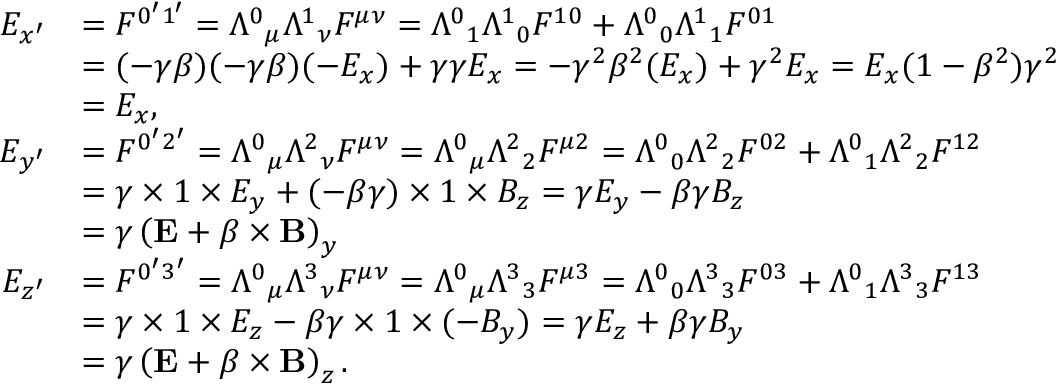
{ \begin{array} { r l } { E _ { x ^ { \prime } } } & { = F ^ { 0 ^ { \prime } 1 ^ { \prime } } = { \Lambda ^ { 0 } } _ { \mu } { \Lambda ^ { 1 } } _ { \nu } F ^ { \mu \nu } = { \Lambda ^ { 0 } } _ { 1 } { \Lambda ^ { 1 } } _ { 0 } F ^ { 1 0 } + { \Lambda ^ { 0 } } _ { 0 } { \Lambda ^ { 1 } } _ { 1 } F ^ { 0 1 } } \\ & { = ( - \gamma \beta ) ( - \gamma \beta ) ( - E _ { x } ) + \gamma \gamma E _ { x } = - \gamma ^ { 2 } \beta ^ { 2 } ( E _ { x } ) + \gamma ^ { 2 } E _ { x } = E _ { x } ( 1 - \beta ^ { 2 } ) \gamma ^ { 2 } } \\ & { = E _ { x } , } \\ { E _ { y ^ { \prime } } } & { = F ^ { 0 ^ { \prime } 2 ^ { \prime } } = { \Lambda ^ { 0 } } _ { \mu } { \Lambda ^ { 2 } } _ { \nu } F ^ { \mu \nu } = { \Lambda ^ { 0 } } _ { \mu } { \Lambda ^ { 2 } } _ { 2 } F ^ { \mu 2 } = { \Lambda ^ { 0 } } _ { 0 } { \Lambda ^ { 2 } } _ { 2 } F ^ { 0 2 } + { \Lambda ^ { 0 } } _ { 1 } { \Lambda ^ { 2 } } _ { 2 } F ^ { 1 2 } } \\ & { = \gamma \times 1 \times E _ { y } + ( - \beta \gamma ) \times 1 \times B _ { z } = \gamma E _ { y } - \beta \gamma B _ { z } } \\ & { = \gamma \left( \mathbf { E } + { \boldsymbol { \beta } } \times \mathbf { B } \right) _ { y } } \\ { E _ { z ^ { \prime } } } & { = F ^ { 0 ^ { \prime } 3 ^ { \prime } } = { \Lambda ^ { 0 } } _ { \mu } { \Lambda ^ { 3 } } _ { \nu } F ^ { \mu \nu } = { \Lambda ^ { 0 } } _ { \mu } { \Lambda ^ { 3 } } _ { 3 } F ^ { \mu 3 } = { \Lambda ^ { 0 } } _ { 0 } { \Lambda ^ { 3 } } _ { 3 } F ^ { 0 3 } + { \Lambda ^ { 0 } } _ { 1 } { \Lambda ^ { 3 } } _ { 3 } F ^ { 1 3 } } \\ & { = \gamma \times 1 \times E _ { z } - \beta \gamma \times 1 \times ( - B _ { y } ) = \gamma E _ { z } + \beta \gamma B _ { y } } \\ & { = \gamma \left( \mathbf { E } + { \boldsymbol { \beta } } \times \mathbf { B } \right) _ { z } . } \end{array} }